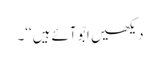
دیکھیں ابّو آئے ہیں‘‘۔